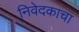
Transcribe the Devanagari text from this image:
निवेदकाचा